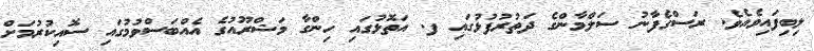
ލިބިފައިވެއެވެ. ރަސްގެފާނު ސަލްމާންގެ ދަތުރުފުޅުގައި ފ. އަތޮޅުގައި ހިންގާ މަޝްރޫއުގެ އެއްބަސްވުމުގައި ސޮއިކުރުމަށް